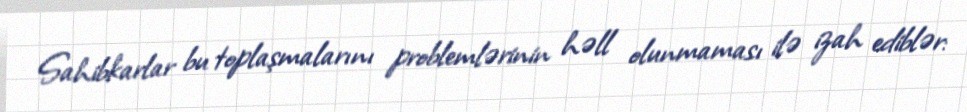
Sahibkarlar bu toplaşmalarını problemlərinin həll olunmaması ilə izah ediblər: